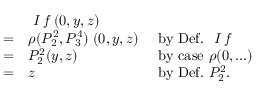
{ \begin{array} { l l l } & { { \textit { I f } } ( 0 , y , z ) } \\ { = } & { \rho ( P _ { 2 } ^ { 2 } , P _ { 3 } ^ { 4 } ) \; ( 0 , y , z ) } & { { \mathrm { ~ b y ~ D e f . ~ } } { \textit { I f } } } \\ { = } & { P _ { 2 } ^ { 2 } ( y , z ) } & { { \mathrm { ~ b y ~ c a s e ~ } } \rho ( 0 , . . . ) } \\ { = } & { z } & { { \mathrm { ~ b y ~ D e f . ~ } } P _ { 2 } ^ { 2 } . } \end{array} }